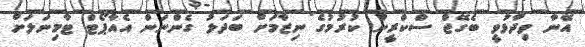
އޭނާ ވިދާޅުވީ ބެގޭޖް ސްކްރީން ކުރުމުގެ ނިޒާމަށް ބަދަލު ގެންނަން އެއާޕޯޓް ޓާމިނަލަށް